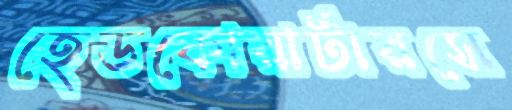
হেডকোয়ার্টারসে